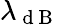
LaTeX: \lambda_{\mathrm{~d~B~}}